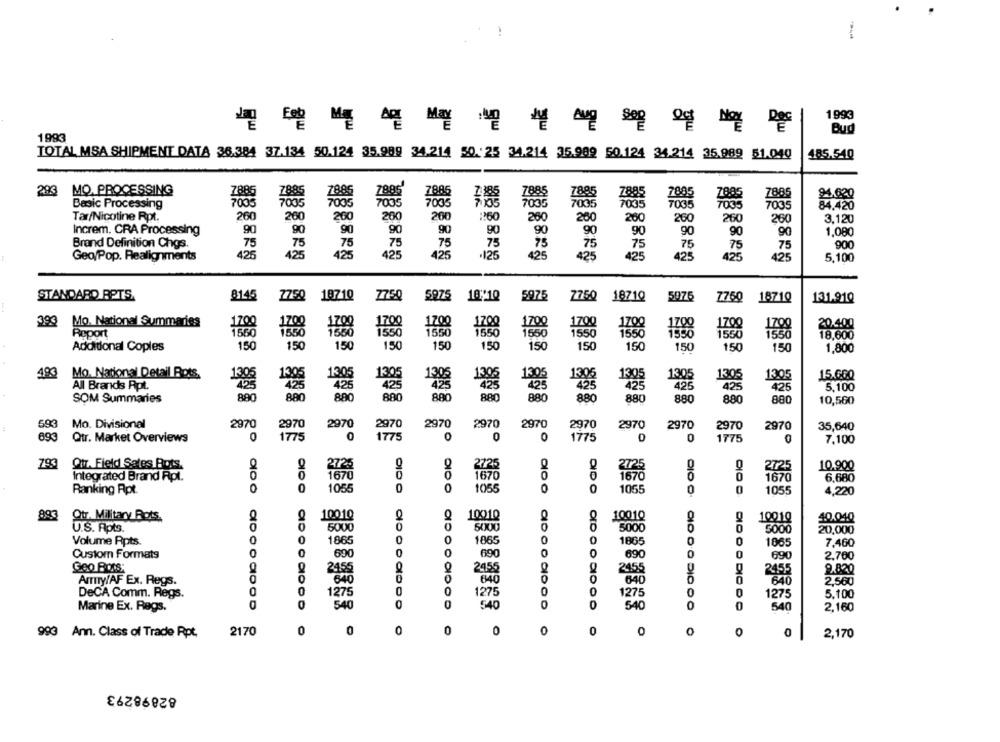
1993
Bud
1993
TOTAL MSA SHIPMENT DATA 36.384 37.134 50.124 35.989 34.214 50. 25 34.214 35.989 50.124 34.214 35.989 51.040
485.540
293
MQ. PROCESSING
7885
7885
Z886
7885
Z885
24,020
Basic Processing
7005
7005
7005
7005
700
7006
84,420
Tar/Nicotine Rpt.
260
260
200
200
20€
:260
260
200
260
260
260
260
3,120
Increm. CRA Processing
90
90
90
90
90
90
90
90
90
90
90
1,080
Brand Definition Chgs.
75
900
75
73
75
Geo/Pop. Realignments
425
425
425
425
5,100
STANDARD RETS.
8145
7750
18710
7750
5925
18/10
5975
5075
7760
Z750
1871Q
1871Q
131.91Q
393
Mo. National Summaries
1700
1700
1700
20.400
Report
1560
1700
1698
1550
1550
1550
1550
18.600
Additional Coples
150
150
150
150
150
150
150
150
150
150
150
150
1,800
493
Mo. National Detail Bots,
13,05
1305
1305
15.6GQ
All Brands Rpt.
1305
425
1399
425
1395
426
425
425
5,100
SOM Summaries
880
880
880
880
880
880
880
880
880
880
880
10,560
593
Mo. Divisional
2970
2970
2970
2970
2970
2970
2970
2970
2970
2970
2970
2970
35,640
Qtr. Market Overviews
0
1775
0
1775
0
0
0
1775
0
1775
693
7,100
793
Otr. Field Sales Bots.
2725
2725
10,900
Integrated Brand Rpt.
1670
1670
1670
6,680
Ranking Apt.
0
1055
0
0
1055
1055
1055
4,220
893
Qtr. Military Rots.
10010
10010
10010
10.040
5000
5000
5000
10010
U.S. Apts.
5000
20,000
Volume Rpts.
0
1865
0
1865
0
1865
1065
7,460
Custom Formats
0
600
0
690
0
690
690
2.700
Geo ROts
24.5
2456
2455
9.820
640
640
640
Army/AF Ex. Regs.
2,560
DeCA Comm. Regs.
1275
0
1275
0
1275
5,100
1275
Marine Ex. Regs.
540
0
0
540
540
0
0
540
2,160
0
0
0
0
0
0
0
0
993 Ann. Class of Trade Rpt.
2170
O
0
2,170
82898293